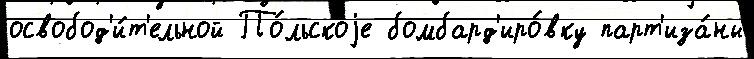
освобод'и́т'ельной По́льскоjе бомбард'иро́вку парт'иза́ны